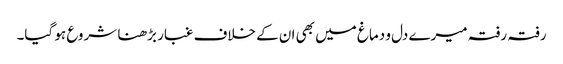
رفتہ رفتہ میرے دل و دماغ میں بھی ان کے خلاف غبار بڑھنا شروع ہو گیا۔